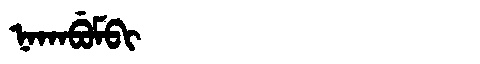
Manchu: ᠨᠠᡴᠠᠪᡠᠮᠪᡳ
Romanization: NAKABUMBI